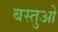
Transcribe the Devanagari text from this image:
बस्तुओ